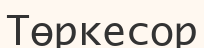
Төркесор